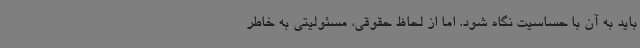
باید به آن با حساسیت نگاه شود. اما از لحاظ حقوقی، مسئولیتی به خاطر